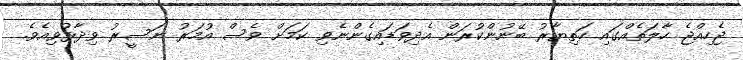
ޖެހިއްޖެ ހާލަތެއްގައި ހަތިޔާރު ބޭނުންކުރަން އެދިވަޑައިގެންނެވި ކަމަށް ވެސް އުމަރު ނަސީރު ވިދާޅުވިއެވެ.